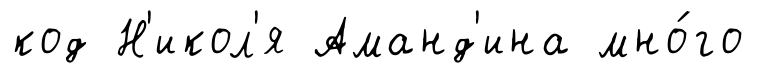
код Н'икол'я Аманд'ина мно́го